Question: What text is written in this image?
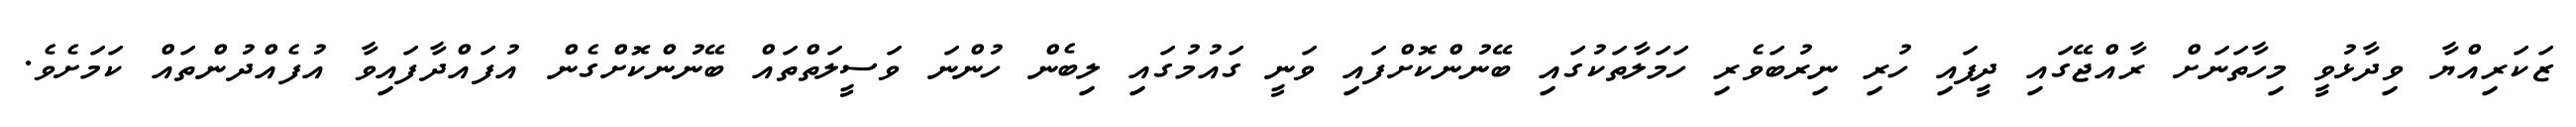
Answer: ޒަކަރިއްޔާ ވިދާޅުވީ މިހާތަނަށް ރާއްޖޭގައި ދީފައި ހުރި ނިރުބަވެރި ހަމަލާތަކުގައި ބޭނުންކޮށްފައި ވަނީ ގައުމުގައި ލިބެން ހުންނަ ވަސީލަތްތައް ބޭނުންކޮށްގެން އުފައްދާފައިވާ އުފެއްދުންތައް ކަމަށެވެ.